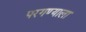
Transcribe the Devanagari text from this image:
परगण्याला